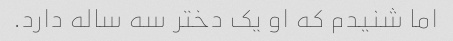
اما شنیدم که او یک دختر سه ساله دارد.